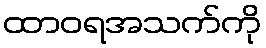
ထာဝရအသက်ကို